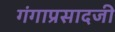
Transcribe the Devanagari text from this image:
गंगाप्रसादजी